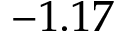
- 1 . 1 7